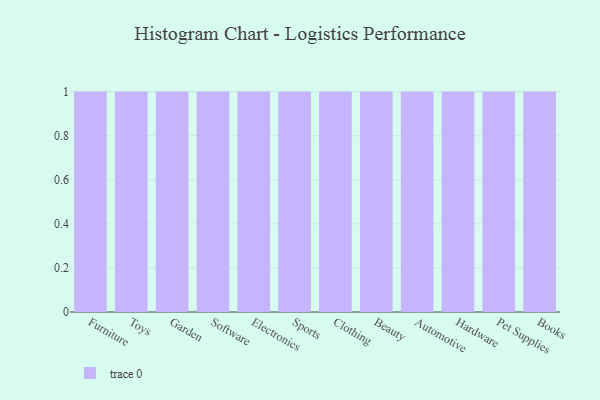
{"axis": {"x": "Category", "y": "Inventory Turnover"}, "legend": [""], "data": [{"x": "Furniture", "y": 45, "type": ""}, {"x": "Toys", "y": 48, "type": ""}, {"x": "Garden", "y": 74, "type": ""}, {"x": "Software", "y": 21, "type": ""}, {"x": "Electronics", "y": 75, "type": ""}, {"x": "Sports", "y": 77, "type": ""}, {"x": "Clothing", "y": 26, "type": ""}, {"x": "Beauty", "y": 4, "type": ""}, {"x": "Automotive", "y": 20, "type": ""}, {"x": "Hardware", "y": 38, "type": ""}, {"x": "Pet Supplies", "y": 68, "type": ""}, {"x": "Books", "y": 54, "type": ""}]}